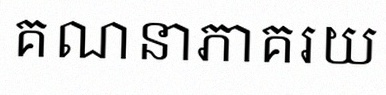
គណនាភាគរយ